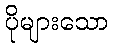
ပိုများသော